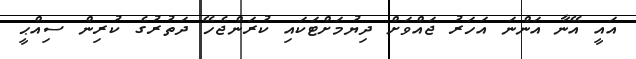
އައީ އޭނާ އަންނަ އަހަރު ޖައްވަށް ދިޔުމަށްޓަކައި ކުރަންޖެހޭ ދަތުރުގެ ކުރިން ސިއްޙީ